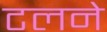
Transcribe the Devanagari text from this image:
टलने